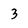
Character: 3